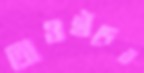
তাওহীদের